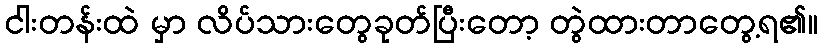
ငါးတန်းထဲ မှာ လိပ်သားတွေခုတ်ပြီးတော့ တွဲထားတာတွေ့ရ၏။